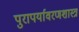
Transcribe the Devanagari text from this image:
पुरापर्यावरणशास्त्र